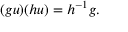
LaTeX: ( g u ) ( h u ) = h ^ { - 1 } g .